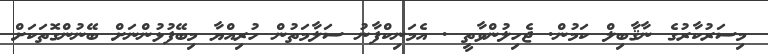
މިސަރުކާރުގެ ނާޤާބިލް ކަމުން. ޖެހިލުންވާތީ . އެމަނިކްފާނު ސަލާމަތުން ހުރިއްޔާ މިބޭފުޅުންނަށް ބޭނުންގޮތަކަށް